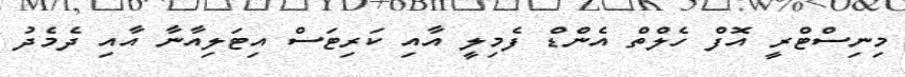
މިނިސްޓްރީ އޮފް ހެލްތް އެންޑް ފެމިލީ އާއި ކަރިޓަސް އިޓަލިއާނާ އާއި ދެމެދު